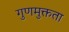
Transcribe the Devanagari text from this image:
गुणमुक्तता